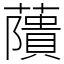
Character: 藬